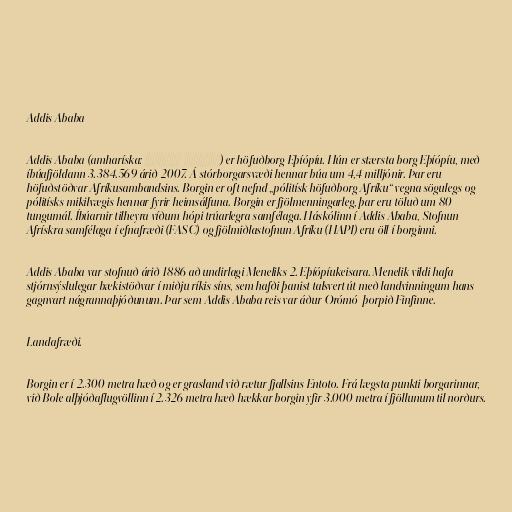
Addis Ababa

Addis Ababa (amharíska: አዲስ አበባ) er höfuðborg Eþíópíu. Hún er stærsta borg Eþíópíu, með
íbúafjöldann 3.384.569 árið 2007. Á stórborgarsvæði hennar búa um 4,4 milljónir. Þar eru
höfuðstöðvar Afríkusambandsins. Borgin er oft nefnd „pólitísk höfuðborg Afríku“ vegna sögulegs og
pólitísks mikilvægis hennar fyrir heimsálfuna. Borgin er fjölmenningarleg, þar eru töluð um 80
tungumál. Íbúarnir tilheyra víðum hópi trúarlegra samfélaga. Háskólinn í Addis Ababa, Stofnun
Afrískra samfélaga í efnafræði (FASC) og fjölmiðlastofnun Afríku (HAPI) eru öll í borginni.

Addis Ababa var stofnuð árið 1886 að undirlagi Meneliks 2. Eþíópíukeisara. Menelik vildi hafa
stjórnsýslulegar bækistöðvar í miðju ríkis síns, sem hafði þanist talsvert út með landvinningum hans
gagnvart nágrannaþjóðunum. Þar sem Addis Ababa reis var áður Orómó-þorpið Finfinne.

Landafræði.

Borgin er í 2.300 metra hæð og er grasland við rætur fjallsins Entoto. Frá lægsta punkti borgarinnar,
við Bole alþjóðaflugvöllinn í 2.326 metra hæð hækkar borgin yfir 3.000 metra í fjöllunum til norðurs.